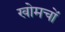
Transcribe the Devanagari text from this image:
खोमचों